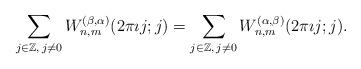
LaTeX: \begin{align*} \sum_{j \in \mathbb{Z}, \, j \neq 0} W_{n,m}^{(\beta, \alpha)}(2 \pi \imath j;j) = \sum_{j \in \mathbb{Z}, \, j \neq 0} W_{n,m}^{(\alpha,\beta)}(2 \pi \imath j;j). \end{align*}